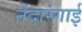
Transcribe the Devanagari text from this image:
नेंदारंगाई